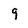
Character: g